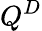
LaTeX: Q^{D}